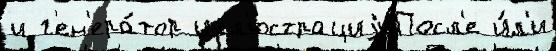
и г'ен'ера́тор илл'юстрациjиПосл'е и́л'и